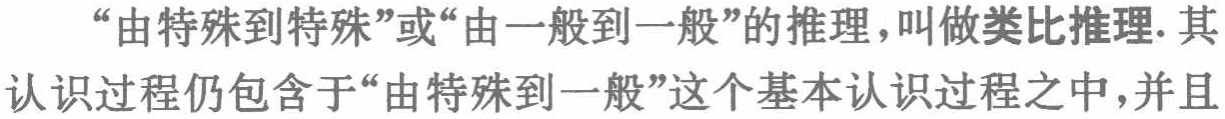
“由特殊到特殊”或“由一般到一般”的推理，叫做类比推理. 其认识过程仍包含于“由特殊到一般”这个基本认识过程之中，并且